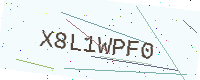
Text: X8L1WPF0